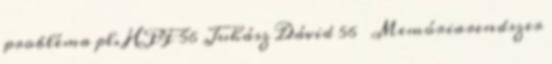
probléma pl. HPF 56 Juhász Dávid 56 Memóriarendszer